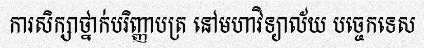
ការសិក្សាថ្នាក់បរិញ្ញាបត្រ នៅមហាវិទ្យាល័យ បច្ចេកទេស